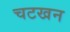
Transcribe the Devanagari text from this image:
चटखन